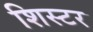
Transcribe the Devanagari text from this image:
शिस्टर